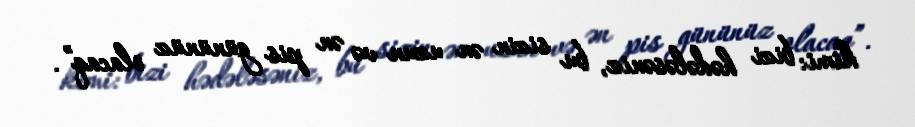
kimi: bizi hədələsəniz, bu sizin ən uzun və ən pis gününüz olacaq”.